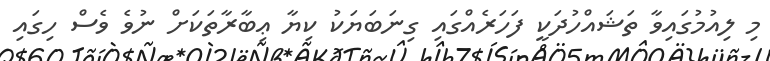
މި ލިއުމުގައިވާ ތަޝައްހުދަކީ ފަހަރެއްގައި ގިނަބަޔަކު ކިޔާ ޢިބާރާތަކަށް ނުވެ ވެސް ހިގައި